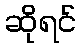
ဆိုရင်